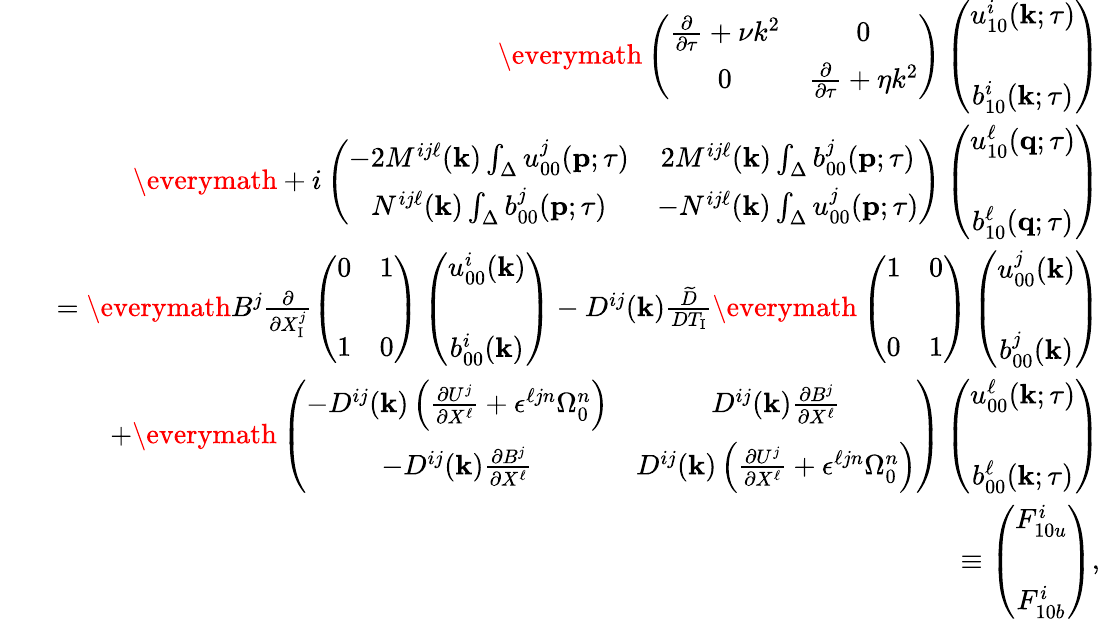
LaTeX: \begin{array}{rlr}&{}&{{\everymath{\displaystyle}\left({\begin{array}{cc}{\frac{\partial}{\partial\tau}+\nu k^{2}}&{0}\\ {0}&{\frac{\partial}{\partial\tau}+\eta k^{2}}\end{array}}\right)}\left({\begin{array}{cc}{u_{10}^{i}({\mathbf{k}};\tau)}\\ {b_{10}^{i}({\mathbf{k}};\tau)\rule{0ex}{5ex}}\end{array}}\right)}\\ &{}&{{\everymath{\displaystyle}+i\left({\begin{array}{cc}{-2M^{ij\ell}({\mathbf{k}})\int_{\Delta}u_{00}^{j}({\mathbf{p}};\tau)}&{2M^{ij\ell}({\mathbf{k}})\int_{\Delta}b_{00}^{j}({\mathbf{p}};\tau)}\\ {N^{ij\ell}({\mathbf{k}})\int_{\Delta}b_{00}^{j}({\mathbf{p}};\tau)}&{-N^{ij\ell}({\mathbf{k}})\int_{\Delta}u_{00}^{j}({\mathbf{p}};\tau)}\end{array}}\right)\left({\begin{array}{c}{u_{10}^{\ell}({\mathbf{q}};\tau)}\\ {b_{10}^{\ell}({\mathbf{q}};\tau)\rule{0ex}{5ex}}\end{array}}\right)}}\\ &{}&{={\everymath{\displaystyle}B^{j}\frac{\partial}{\partial X_{\mathrm{{I}}}^{j}}\left({\begin{array}{cc}{0}&{1}\\ {1}&{0\rule{0ex}{5ex}}\end{array}}\right)\left({\begin{array}{c}{u_{00}^{i}({\mathbf{k}})}\\ {b_{00}^{i}({\mathbf{k}})\rule{0ex}{5ex}}\end{array}}\right)}-D^{ij}({\mathbf{k}})\frac{\widetilde{D}}{DT_{\mathrm{I}}}{\everymath{\displaystyle}\left({\begin{array}{cc}{1}&{0}\\ {0}&{1\rule{0ex}{5ex}}\end{array}}\right)\left({\begin{array}{c}{u_{00}^{j}({\mathbf{k}})}\\ {b_{00}^{j}({\mathbf{k}})\rule{0ex}{5ex}}\end{array}}\right)}}\\ &{}&{+{\everymath{\displaystyle}\left({\begin{array}{cc}{-D^{ij}({\mathbf{k}})\left({\frac{\partial U^{j}}{\partial X^{\ell}}+\epsilon^{\ell jn}\Omega_{0}^{n}}\right)}&{D^{ij}({\mathbf{k}})\frac{\partial B^{j}}{\partial X^{\ell}}}\\ {-D^{ij}({\mathbf{k}})\frac{\partial B^{j}}{\partial X^{\ell}}}&{D^{ij}({\mathbf{k}})\left({\frac{\partial U^{j}}{\partial X^{\ell}}+\epsilon^{\ell jn}\Omega_{0}^{n}}\right)}\end{array}}\right)\left({\begin{array}{c}{u_{00}^{\ell}({\mathbf{k}};\tau)}\\ {b_{00}^{\ell}({\mathbf{k}};\tau)\rule{0ex}{5ex}}\end{array}}\right)}}\\ &{}&{\equiv\left({\begin{array}{c}{F_{10u}^{i}}\\ {F_{10b}^{i}\rule{0ex}{5ex}}\end{array}}\right),}\end{array}